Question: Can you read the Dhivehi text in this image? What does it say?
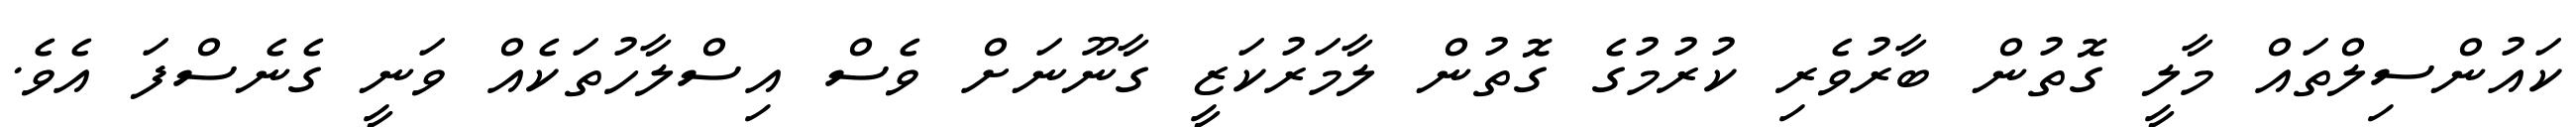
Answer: ކައުންސިލްތައް މާލީ ގޮތުން ބާރުވެރި ކުރުމުގެ ގޮތުން ލާމަރުކަޒީ ގާނޫނަށް ވެސް އިސްލާހުތަކެއް ވަނީ ގެނެސްފަ އެވެ.